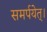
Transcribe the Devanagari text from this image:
समर्पयेत्।